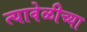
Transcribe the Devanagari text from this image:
त्यावेळीच्या